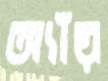
অ্যাঁয়